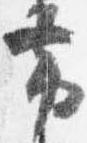
帯